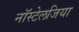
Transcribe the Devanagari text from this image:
नॉस्टेलजिया